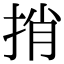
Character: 捎